Vaccination in Bombay 1913-1923 - 1913-1923
Year: 1913
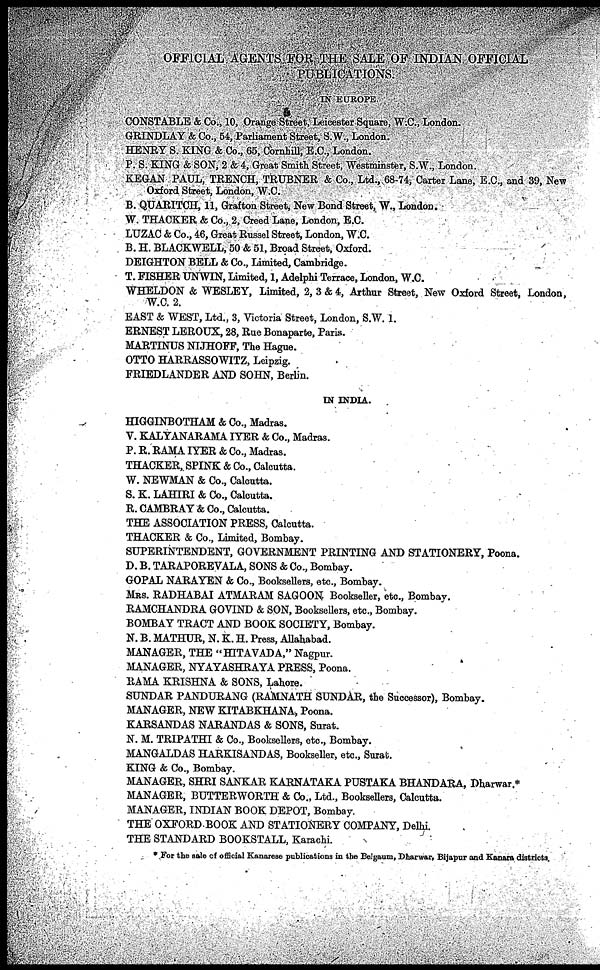
OFFICIAL AGENTS FOR THE SALE OF INDIAN OFFICIAL
PUBLICATIONS.
IN EUROPE.
CONSTABLE & Co., 10, Orange Street, Leicester Square, W.C., London.
GRINDLAY & Co., 54, Parliament Street, S.W., London.
HENRY S. KING & Co., 65, Cornhill, E.C., London.
P. S. KING & SON, 2 & 4, Great Smith Street, Westminster, S.W., London.
KEGAN PAUL, TRENCH, TRUBNER & Co., Ltd., 68-74, Carter Lane, E.G., and 39, New
Oxford Street, London, W.C.
B. QUARITCH, 11, Grafton Street, New Bond Street, W., London.
W. THACKER & Co., 2, Creed Lane, London, E.C.
LUZAC & Co., 46, Great Russel Street, London, W.C.
B. H. BLACKWELL, 50 & 51, Broad Street, Oxford.
DEIGHTON BELL & Co., Limited, Cambridge.
T. FISHER UNWIN, Limited, 1, Adelphi Terrace, London, W.C.
WHELDON & WESLEY, Limited, 2, 3 & 4, Arthur Street, New Oxford Street, London,
W.C. 2.
EAST & WEST, Ltd., 3, Victoria Street, London, S.W. 1.
ERNEST LEROUX, 28, Rue Bonaparte, Paris.
MARTINUS NIJHOFF, The Hague.
OTTO HARRASSOWITZ, Leipzig.
FRIEDLANDER AND SOHN, Berlin.
IN INDIA.
HIGGINBOTHAM & Co., Madras.
V. KALYANARAMA IYER & Co., Madras.
P. R. RAMA IYER & Co., Madras.
THACKER, SPINK & Co., Calcutta.
W. NEWMAN & Co., Calcutta.
S. K. LAHIRI & Co., Calcutta.
R. CAMBRAY & Co., Calcutta.
THE ASSOCIATION PRESS, Calcutta.
THACKER & Co., Limited, Bombay.
SUPERINTENDENT, GOVERNMENT PRINTING AND STATIONERY, Poona.
D. B. TARAPOREVALA, SONS & Co., Bombay.
GOPAL NARAYEN & Co., Booksellers, etc., Bombay.
MRS. RADHABAI ATMARAM SAGOON. Bookseller, etc., Bombay.
RAMCHANDRA GOVIND & SON, Booksellers, etc., Bombay.
BOMBAY TRACT AND BOOK SOCIETY, Bombay.
N. B. MATHUR, N. K. H. Press, Allahabad.
MANAGER, THE "HITAVADA," Nagpur.
MANAGER, NYAYASHRAYA PRESS, Poona.
RAMA KRISHNA & SONS, Lahore.
SUNDAR PANDURANG (RAMNATH SUNDAR, the Successor), Bombay.
MANAGER, NEW KITABKHANA, Poona.
KARSANDAS NARANDAS & SONS, Surat.
N. M. TRIPATHI & Co., Booksellers, etc., Bombay.
MANGALDAS HARKISANDAS, Bookseller, etc., Surat.
KING & Co., Bombay.
MANAGER, SHRI SANKAR KARNATAKA PUSTAKA BHANDARA, Dharwar.*
MANAGER, BUTTERWORTH & Co., Ltd., Booksellers, Calcutta.
MANAGER, INDIAN BOOK DEPOT, Bombay.
THE OXFORD BOOK AND STATIONERY COMPANY, Delhi.
THE STANDARD BOOKSTALL, Karachi.
* For the sale of official Kanarese publications in the Belgaum, Dharwar, Bijapur and Kanara districts.